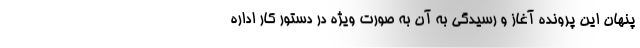
پنهان این پرونده آغاز و رسیدگی به آن به صورت ویژه در دستور کار اداره